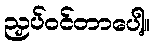
ညှပ်ဝင်တာပေါ့။